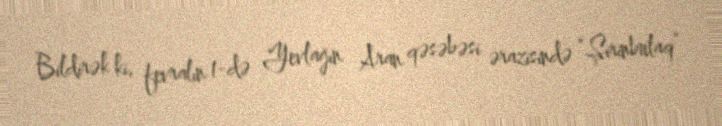
Bildirək ki, fevralın 1-də Yevlağın Aran qəsəbəsi ərazisində “Şirinbulaq”